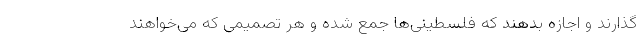
گذارند و اجازه بدهند که فلسطینی‌ها جمع شده و هر تصمیمی که می‌خواهند